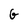
Character: G